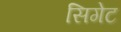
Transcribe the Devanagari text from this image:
सिगेट